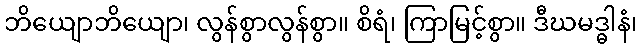
ဘိယျောဘိယျော၊ လွန်စွာလွန်စွာ။ စိရံ၊ ကြာမြင့်စွာ။ ဒီဃမဒ္ဓါနံ၊